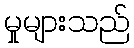
မှုများသည်